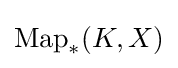
\operatorname {Map} _{*}(K,X)